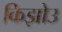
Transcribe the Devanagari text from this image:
किझोउ